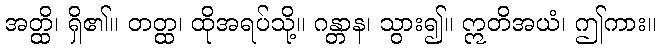
အတ္ထိ၊ ရှိ၏။ တတ္ထ၊ ထိုအရပ်သို့။ ဂန္တာန၊ သွား၍။ ဣတိအယံ၊ ဤကား။